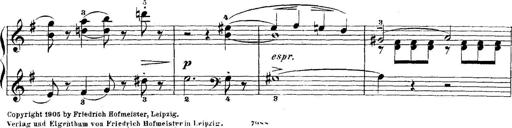
Title: 5 Sonatinas
Composer: Theodor Kirchner